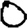
Digit: 0